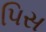
પિસ